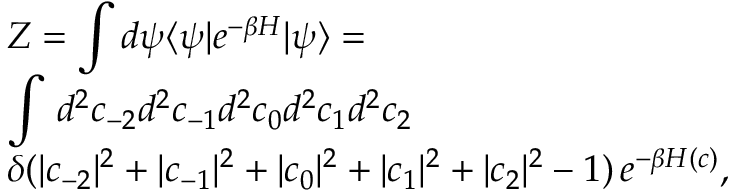
\begin{array} { l } { \displaystyle { \cal Z } = \int d \psi \langle \psi | e ^ { - \beta H } | \psi \rangle = } \\ { \displaystyle \int \, d ^ { 2 } c _ { - 2 } d ^ { 2 } c _ { - 1 } d ^ { 2 } c _ { 0 } d ^ { 2 } c _ { 1 } d ^ { 2 } c _ { 2 } \, } \\ { \displaystyle \delta ( | c _ { - 2 } | ^ { 2 } + | c _ { - 1 } | ^ { 2 } + | c _ { 0 } | ^ { 2 } + | c _ { 1 } | ^ { 2 } + | c _ { 2 } | ^ { 2 } - 1 ) \, e ^ { - \beta H ( c ) } , } \end{array}